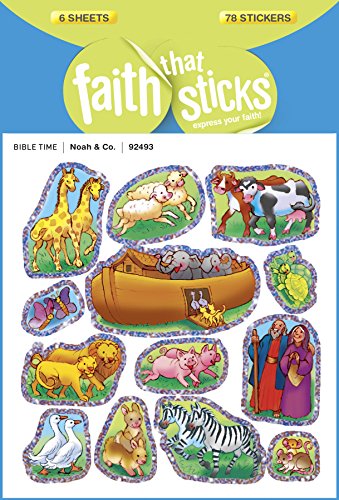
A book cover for Noah and Co. (Faith That Sticks); Crafts, Hobbies & Home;